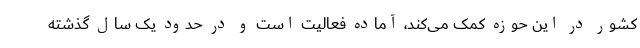
کشور در این حوزه کمک می‌کند، آماده فعالیت است و در حدود یک سال گذشته